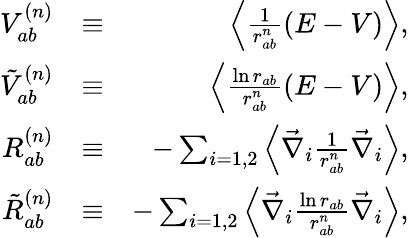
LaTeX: \begin{array}{rlr}{V_{ab}^{(n)}}&{\equiv}&{\left\langle\frac{1}{r_{ab}^{n}}(E-V)\right\rangle,}\\ {\tilde{V}_{ab}^{(n)}}&{\equiv}&{\left\langle\frac{\ln r_{ab}}{r_{ab}^{n}}(E-V)\right\rangle,}\\ {R_{ab}^{(n)}}&{\equiv}&{-\sum_{i=1,2}\left\langle\vec{\nabla}_{i}\frac{1}{r_{ab}^{n}}\vec{\nabla}_{i}\right\rangle,}\\ {\tilde{R}_{ab}^{(n)}}&{\equiv}&{-\sum_{i=1,2}\left\langle\vec{\nabla}_{i}\frac{\ln r_{ab}}{r_{ab}^{n}}\vec{\nabla}_{i}\right\rangle,}\end{array}